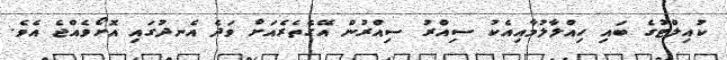
ކުއިލްޓުގެ ބައި ހިއްލާލުމާއިއެކު ސިއްރު ސިއްރުން އޭގެތެރެއަށް ވަދެ އެނދުގައި އޮށޯވެއްޖެ އެވެ.